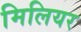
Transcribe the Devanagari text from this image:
मिलियर